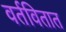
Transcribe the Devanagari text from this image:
वर्तवितात